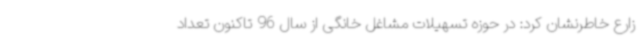
زارع خاطرنشان کرد: در حوزه تسهیلات مشاغل خانگی از سال 96 تاکنون تعداد